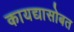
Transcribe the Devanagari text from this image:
कायद्यासोबत